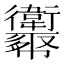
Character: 𢆈